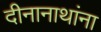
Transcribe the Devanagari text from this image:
दीनानाथांना